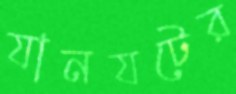
যানযটের